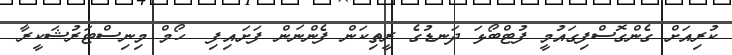
ކުރިއަށް ގެންގޮސްފިގައުމީ ފުޓްބޯޅަ ދަނޑުގެ ރީތިކަން ފެންނަން ފަށައިފި  ހޯމް މިނިސްޓަރުޝަކީރާ